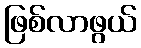
ဖြစ်လာဖွယ်